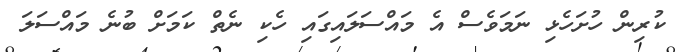
ކުރިން ހުށަހެޅި ނަމަވެސް އެ މައްސަލައިގައި ހެކި ނެތް ކަމަށް ބުނެ މައްސަލަ